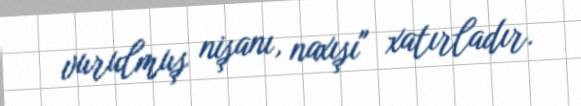
vurulmuş nişanı, naxışı" xatırladır.